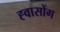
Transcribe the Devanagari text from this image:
ह्वासोंग